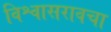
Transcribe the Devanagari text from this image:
विश्वासरावचा